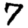
Digit: 7